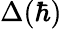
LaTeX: \Delta(\hbar)